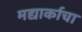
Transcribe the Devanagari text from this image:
मद्यार्काचा